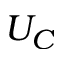
U _ { C }